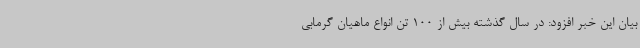
بیان این خبر افزود: در سال گذشته بیش از 100 تن انواع ماهیان گرمابی